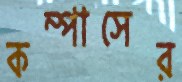
কম্পাসের